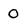
Character: 0